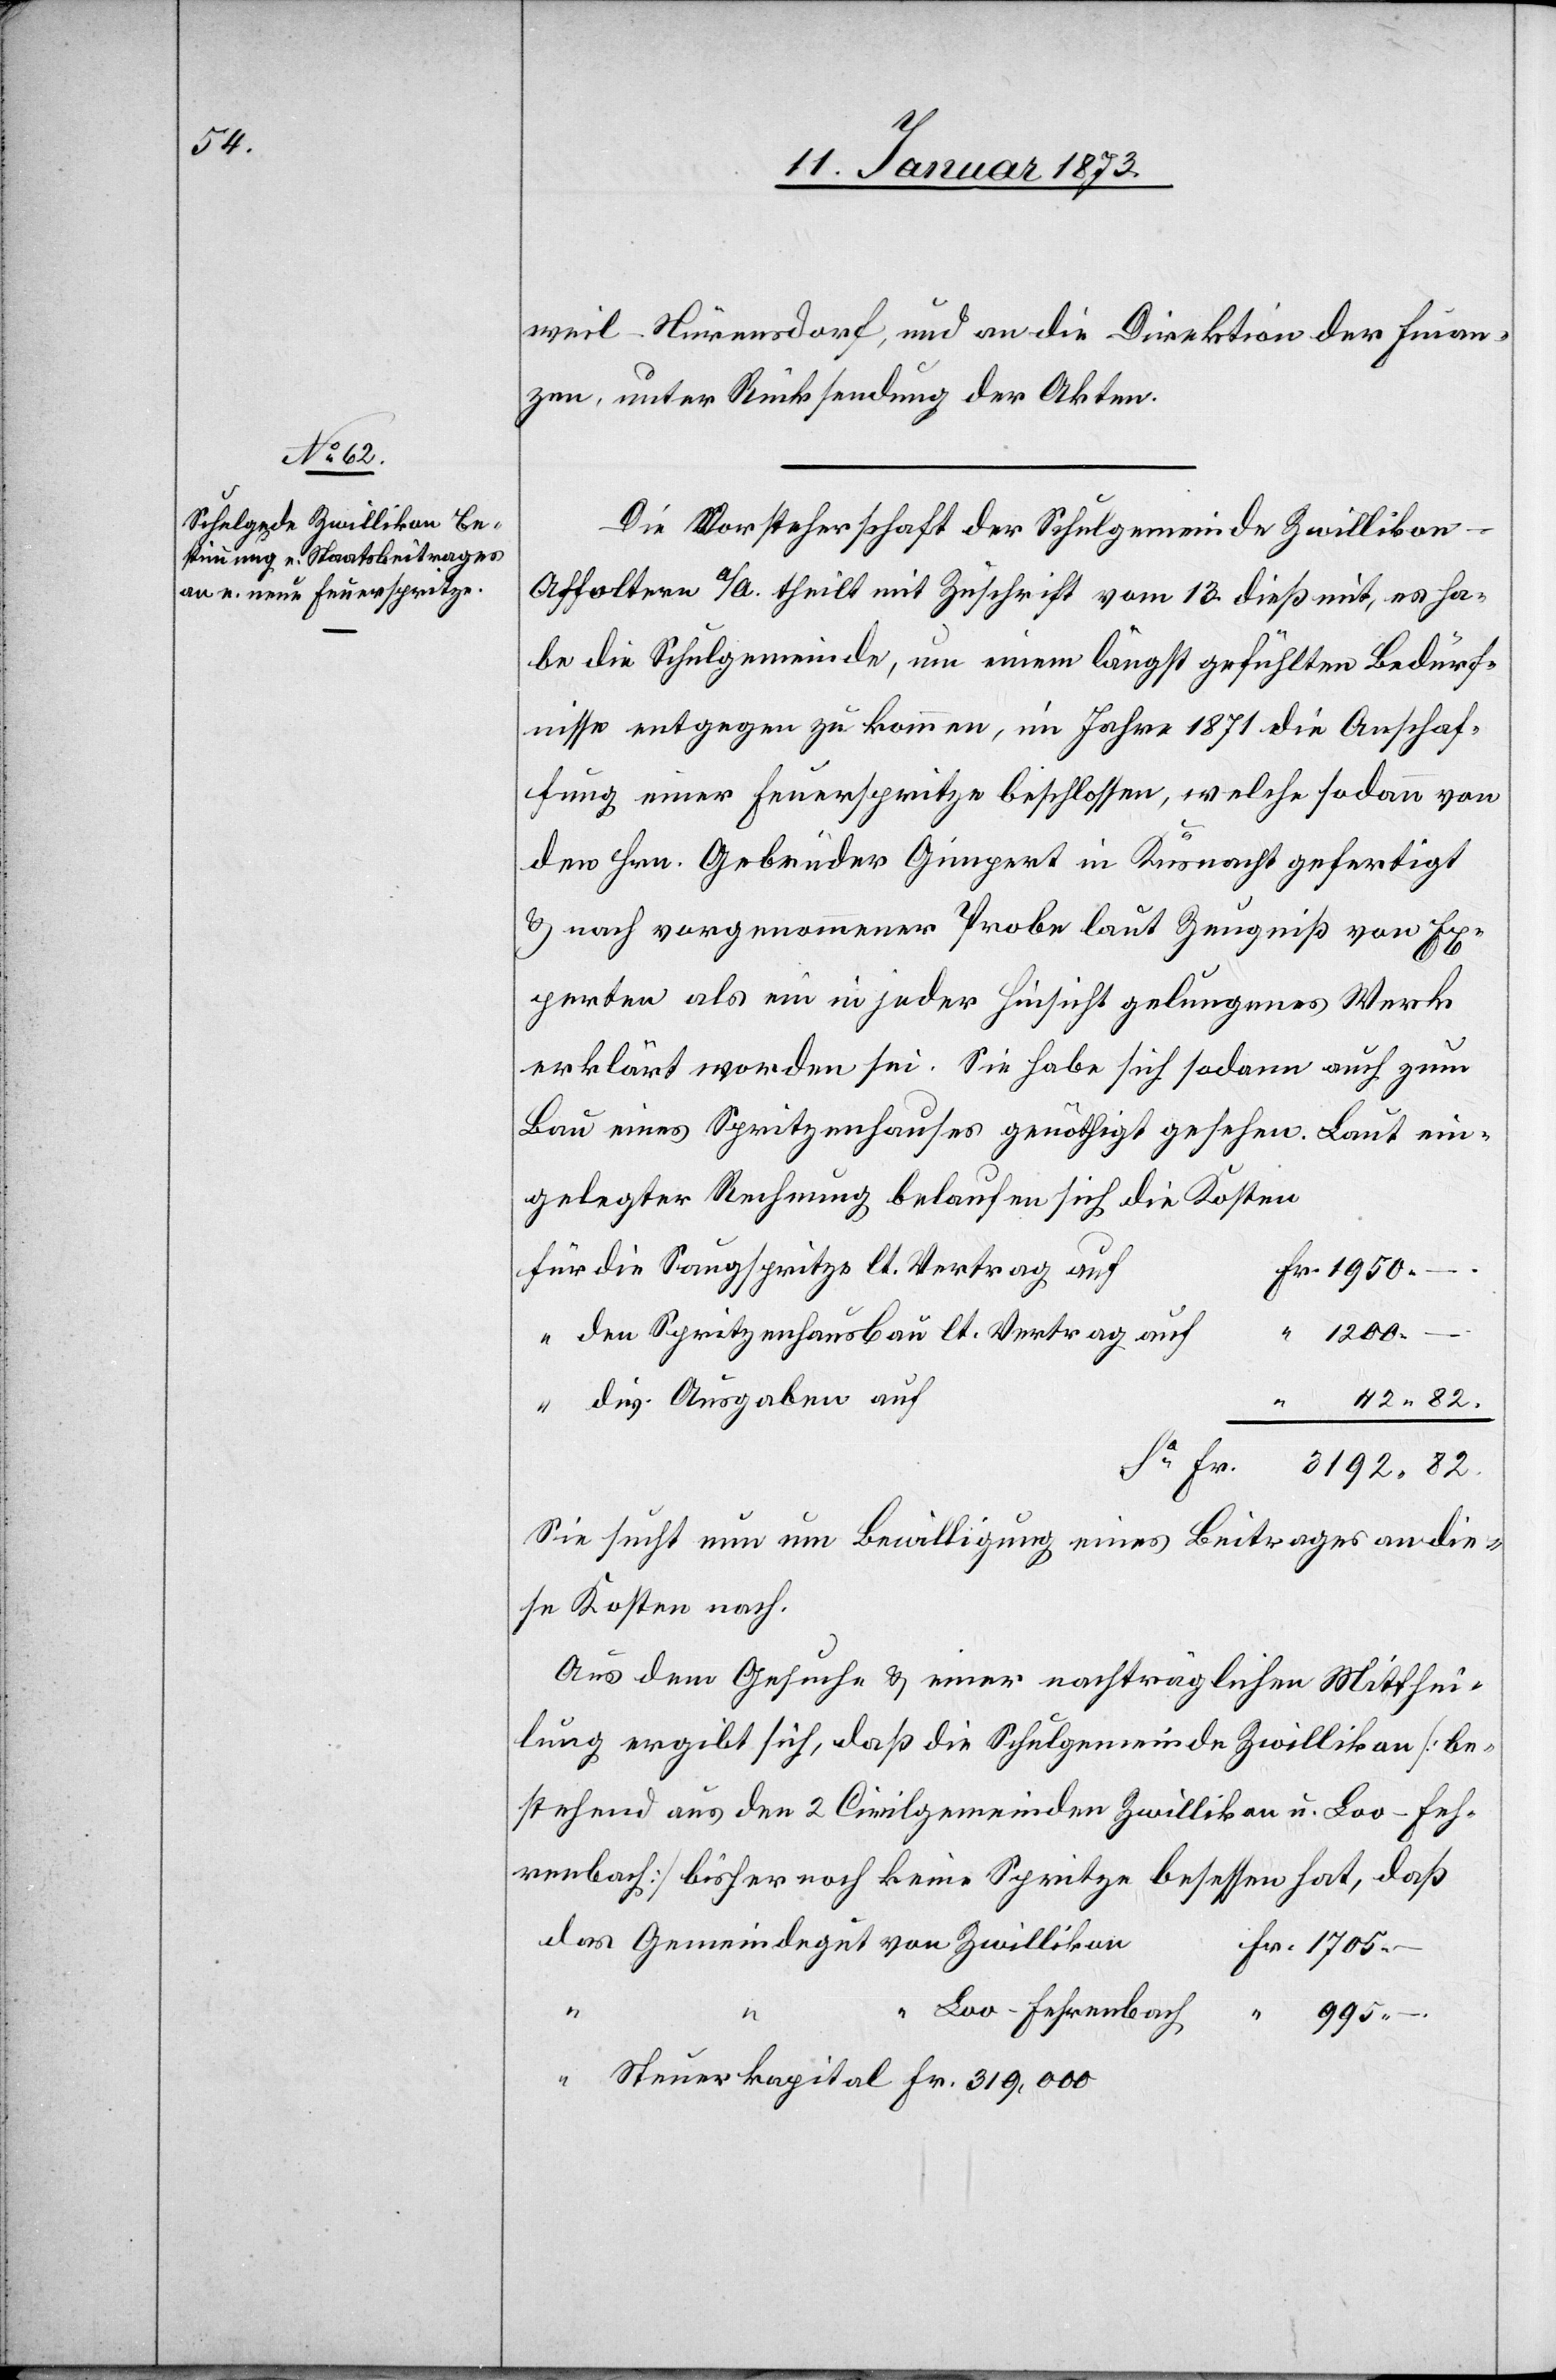
weil-Nürensdorf, und an die Direktion der Finan¬
zen, unter Rücksendung der Akten.
Die Vorsteherschaft der Schulgemeinde Zwilliko¬
n-Affoltern a./A. theilt mit Zuschrift vom 13. dieß mit, es ha¬
be die Schulgemeinde, um einem längst gefühlten Bedürf¬
nisse entgegen zu kommen, im Jahre 1871 die Anschaf¬
fung einer Feuerspritze beschlossen, welche sodann von
den Hrn. Gebrüder Gimpert in Küsnacht gefertigt
& nach vorgenommener Probe laut Zeugniß vom Ex¬
perten als ein in jeder Hinsicht gelungenes Werk
erklärt worden sei. Sie habe sich sodann auch zum
Bau eines Spritzenhauses genöthigt gesehen. Laut ein¬
gelegter Rechnung belaufen sich die Kosten
für die Saugspritze lt. Vertrag au¬
f	Fr. 1950.
“ den Spritzenhausbau lt. Vertrag auf
–.
“ dir. Ausgaben auf
42. 82.
Ca. Fr. 3192. 82.
Sie sucht nun um Bewilligung eines Beitrages an die¬
se Kosten nach.
Aus dem Gesuche & einer nachträglichen Mitthei¬
lung ergibt sich, daß die Schulgemeinde Zwillikon [be¬
stehend aus den 2 Civilgemeinden Zwillikon u. Loo-Feh¬
renbach] bisher noch keine Spritze besessen hat, daß
das Gemeindegut von Zwilliko¬
n	Fr. 1705.
–.
“ Loo-Fehrenbach	 “ 995.
“ Steuerkapital 	Fr. 319,000